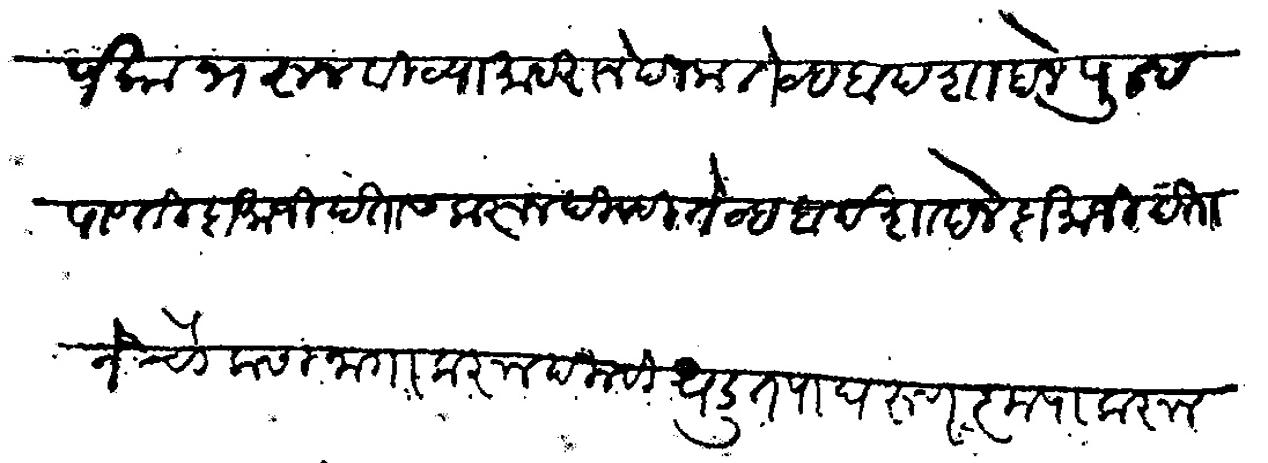
Transliteration (Devanagari): पैका भरून विठ्या महाराने दिला तेव्हा बादशहाने पुन्ह पावती दामाजी पंतास करून दिल्ही तेव्हा बादशाहाने दामाजीपंताने चौकसी जागा करून दिल्ही धडूत पांघरुण कृपा करून